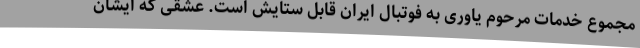
مجموع خدمات مرحوم یاوری به فوتبال ایران قابل ستایش است. عشقی که ایشان